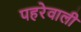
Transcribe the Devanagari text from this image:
पहरेवाली